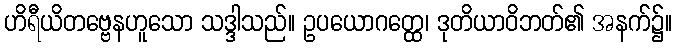
ဟိရီယိတဗ္ဗေနဟူသော သဒ္ဒါသည်။ ဥပယောဂတ္ထေ၊ ဒုတိယာဝိဘတ်၏ အနက်၌။